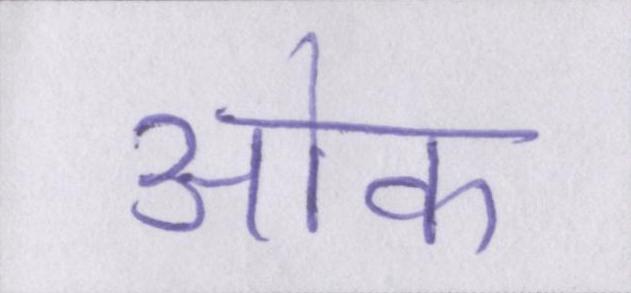
ओक